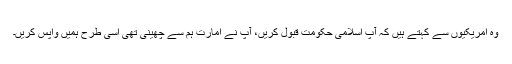
وہ امریکیوں سے کہتے ہیں کہ آپ اسلامی حکومت قبول کریں، آپ نے امارت ہم سے چھینی تھی اسی طرح ہمیں واپس کریں۔